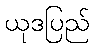
ယုဒပြည်